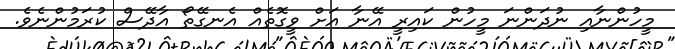
މީހުންނާއި ނުދަންނަ މީހުން ކައިރީ އޭނާ އަށް ވީގޮތެއް އެނގޭތޯ އާދޭސް ކުރަމުންނެވެ.